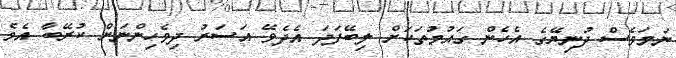
ނަމަވެސް ދުނިޔޭގެ އެހެން ގައުމުތަކަށް ލިބޭފަދަ އެދެވޭ އަސަރު ދިވެހިންނަށް ކުރޭބާ އެވެ